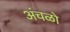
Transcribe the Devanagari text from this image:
अंचळो